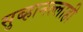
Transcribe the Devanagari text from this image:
सुब्हानल्लाही